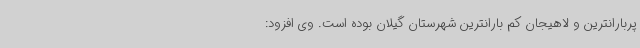
پربارانترین و لاهیجان کم بارانترین شهرستان گیلان بوده است. وی افزود: